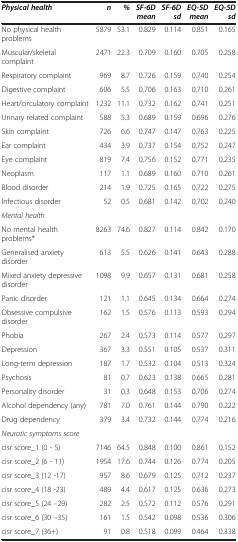
<table><thead><tr><td><b><i>Physical health</i></b></td><td><b><i>n</i></b></td><td><b><i>%</i></b></td><td><b><i>SF-6D mean</i></b></td><td><b><i>SF-6D sd</i></b></td><td><b><i>EQ-5D mean</i></b></td><td><b><i>EQ-5D sd</i></b></td></tr></thead><tbody><tr><td>No physical health problems</td><td>5879</td><td>53.1</td><td>0.829</td><td>0.114</td><td>0.851</td><td>0.165</td></tr><tr><td>Muscular/skeletal complaint</td><td>2471</td><td>22.3</td><td>0.709</td><td>0.160</td><td>0.705</td><td>0.258</td></tr><tr><td>Respiratory complaint</td><td>969</td><td>8.7</td><td>0.726</td><td>0.159</td><td>0.740</td><td>0.254</td></tr><tr><td>Digestive complaint</td><td>606</td><td>5.5</td><td>0.706</td><td>0.163</td><td>0.710</td><td>0.261</td></tr><tr><td>Heart/circulatory complaint</td><td>1232</td><td>11.1</td><td>0.732</td><td>0.162</td><td>0.741</td><td>0.251</td></tr><tr><td>Urinary related complaint</td><td>588</td><td>5.3</td><td>0.689</td><td>0.159</td><td>0.696</td><td>0.276</td></tr><tr><td>Skin complaint</td><td>726</td><td>6.6</td><td>0.747</td><td>0.147</td><td>0.763</td><td>0.225</td></tr><tr><td>Ear complaint</td><td>434</td><td>3.9</td><td>0.737</td><td>0.154</td><td>0.752</td><td>0.247</td></tr><tr><td>Eye complaint</td><td>819</td><td>7.4</td><td>0.756</td><td>0.152</td><td>0.771</td><td>0.235</td></tr><tr><td>Neoplasm</td><td>117</td><td>1.1</td><td>0.689</td><td>0.160</td><td>0.710</td><td>0.261</td></tr><tr><td>Blood disorder</td><td>214</td><td>1.9</td><td>0.725</td><td>0.165</td><td>0.722</td><td>0.275</td></tr><tr><td>Infectious disorder</td><td>52</td><td>0.5</td><td>0.681</td><td>0.142</td><td>0.702</td><td>0.240</td></tr><tr><td><i>Mental health</i></td><td> </td><td> </td><td> </td><td> </td><td> </td><td> </td></tr><tr><td>No mental health problems*</td><td>8263</td><td>74.6</td><td>0.827</td><td>0.114</td><td>0.842</td><td>0.170</td></tr><tr><td>Generalised anxiety disorder</td><td>613</td><td>5.5</td><td>0.626</td><td>0.141</td><td>0.643</td><td>0.288</td></tr><tr><td>Mixed anxiety depressive disorder</td><td>1098</td><td>9.9</td><td>0.657</td><td>0.131</td><td>0.681</td><td>0.258</td></tr><tr><td>Panic disorder</td><td>121</td><td>1.1</td><td>0.645</td><td>0.134</td><td>0.664</td><td>0.274</td></tr><tr><td>Obsessive compulsive disorder</td><td>162</td><td>1.5</td><td>0.576</td><td>0.113</td><td>0.593</td><td>0.294</td></tr><tr><td>Phobia</td><td>267</td><td>2.4</td><td>0.573</td><td>0.114</td><td>0.577</td><td>0.297</td></tr><tr><td>Depression</td><td>367</td><td>3.3</td><td>0.551</td><td>0.105</td><td>0.537</td><td>0.311</td></tr><tr><td>Long-term depression</td><td>187</td><td>1.7</td><td>0.532</td><td>0.104</td><td>0.513</td><td>0.324</td></tr><tr><td>Psychosis</td><td>81</td><td>0.7</td><td>0.623</td><td>0.138</td><td>0.665</td><td>0.281</td></tr><tr><td>Personality disorder</td><td>31</td><td>0.3</td><td>0.648</td><td>0.153</td><td>0.706</td><td>0.274</td></tr><tr><td>Alcohol dependency (any)</td><td>781</td><td>7.0</td><td>0.761</td><td>0.144</td><td>0.790</td><td>0.222</td></tr><tr><td>Drug dependency</td><td>379</td><td>3.4</td><td>0.732</td><td>0.144</td><td>0.774</td><td>0.216</td></tr><tr><td><i>Neurotic symptoms score</i></td><td> </td><td> </td><td> </td><td> </td><td> </td><td> </td></tr><tr><td>cisr score_1 (0 - 5)</td><td>7146</td><td>64.5</td><td>0.848</td><td>0.100</td><td>0.861</td><td>0.152</td></tr><tr><td>cisr score_2 (6 - 11)</td><td>1954</td><td>17.6</td><td>0.744</td><td>0.126</td><td>0.774</td><td>0.205</td></tr><tr><td>cisr score_3 (12 -17)</td><td>957</td><td>8.6</td><td>0.679</td><td>0.125</td><td>0.712</td><td>0.237</td></tr><tr><td>cisr score_4 (18 -23)</td><td>489</td><td>4.4</td><td>0.617</td><td>0.125</td><td>0.636</td><td>0.273</td></tr><tr><td>cisr score_5 (24 –29)</td><td>282</td><td>2.5</td><td>0.572</td><td>0.112</td><td>0.576</td><td>0.291</td></tr><tr><td>cisr score_6 (30 –35)</td><td>161</td><td>1.5</td><td>0.542</td><td>0.098</td><td>0.536</td><td>0.306</td></tr><tr><td>cisr score_7 (36+)</td><td>91</td><td>0.8</td><td>0.518</td><td>0.099</td><td>0.464</td><td>0.338</td></tr></tbody></table>